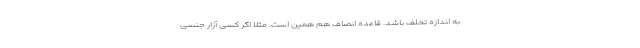
به اندازه تخلف باشد. قاعده انصاف هم همین است. مثلاً اگر کسی آزار جنسی